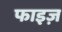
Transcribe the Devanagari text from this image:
फाइज़